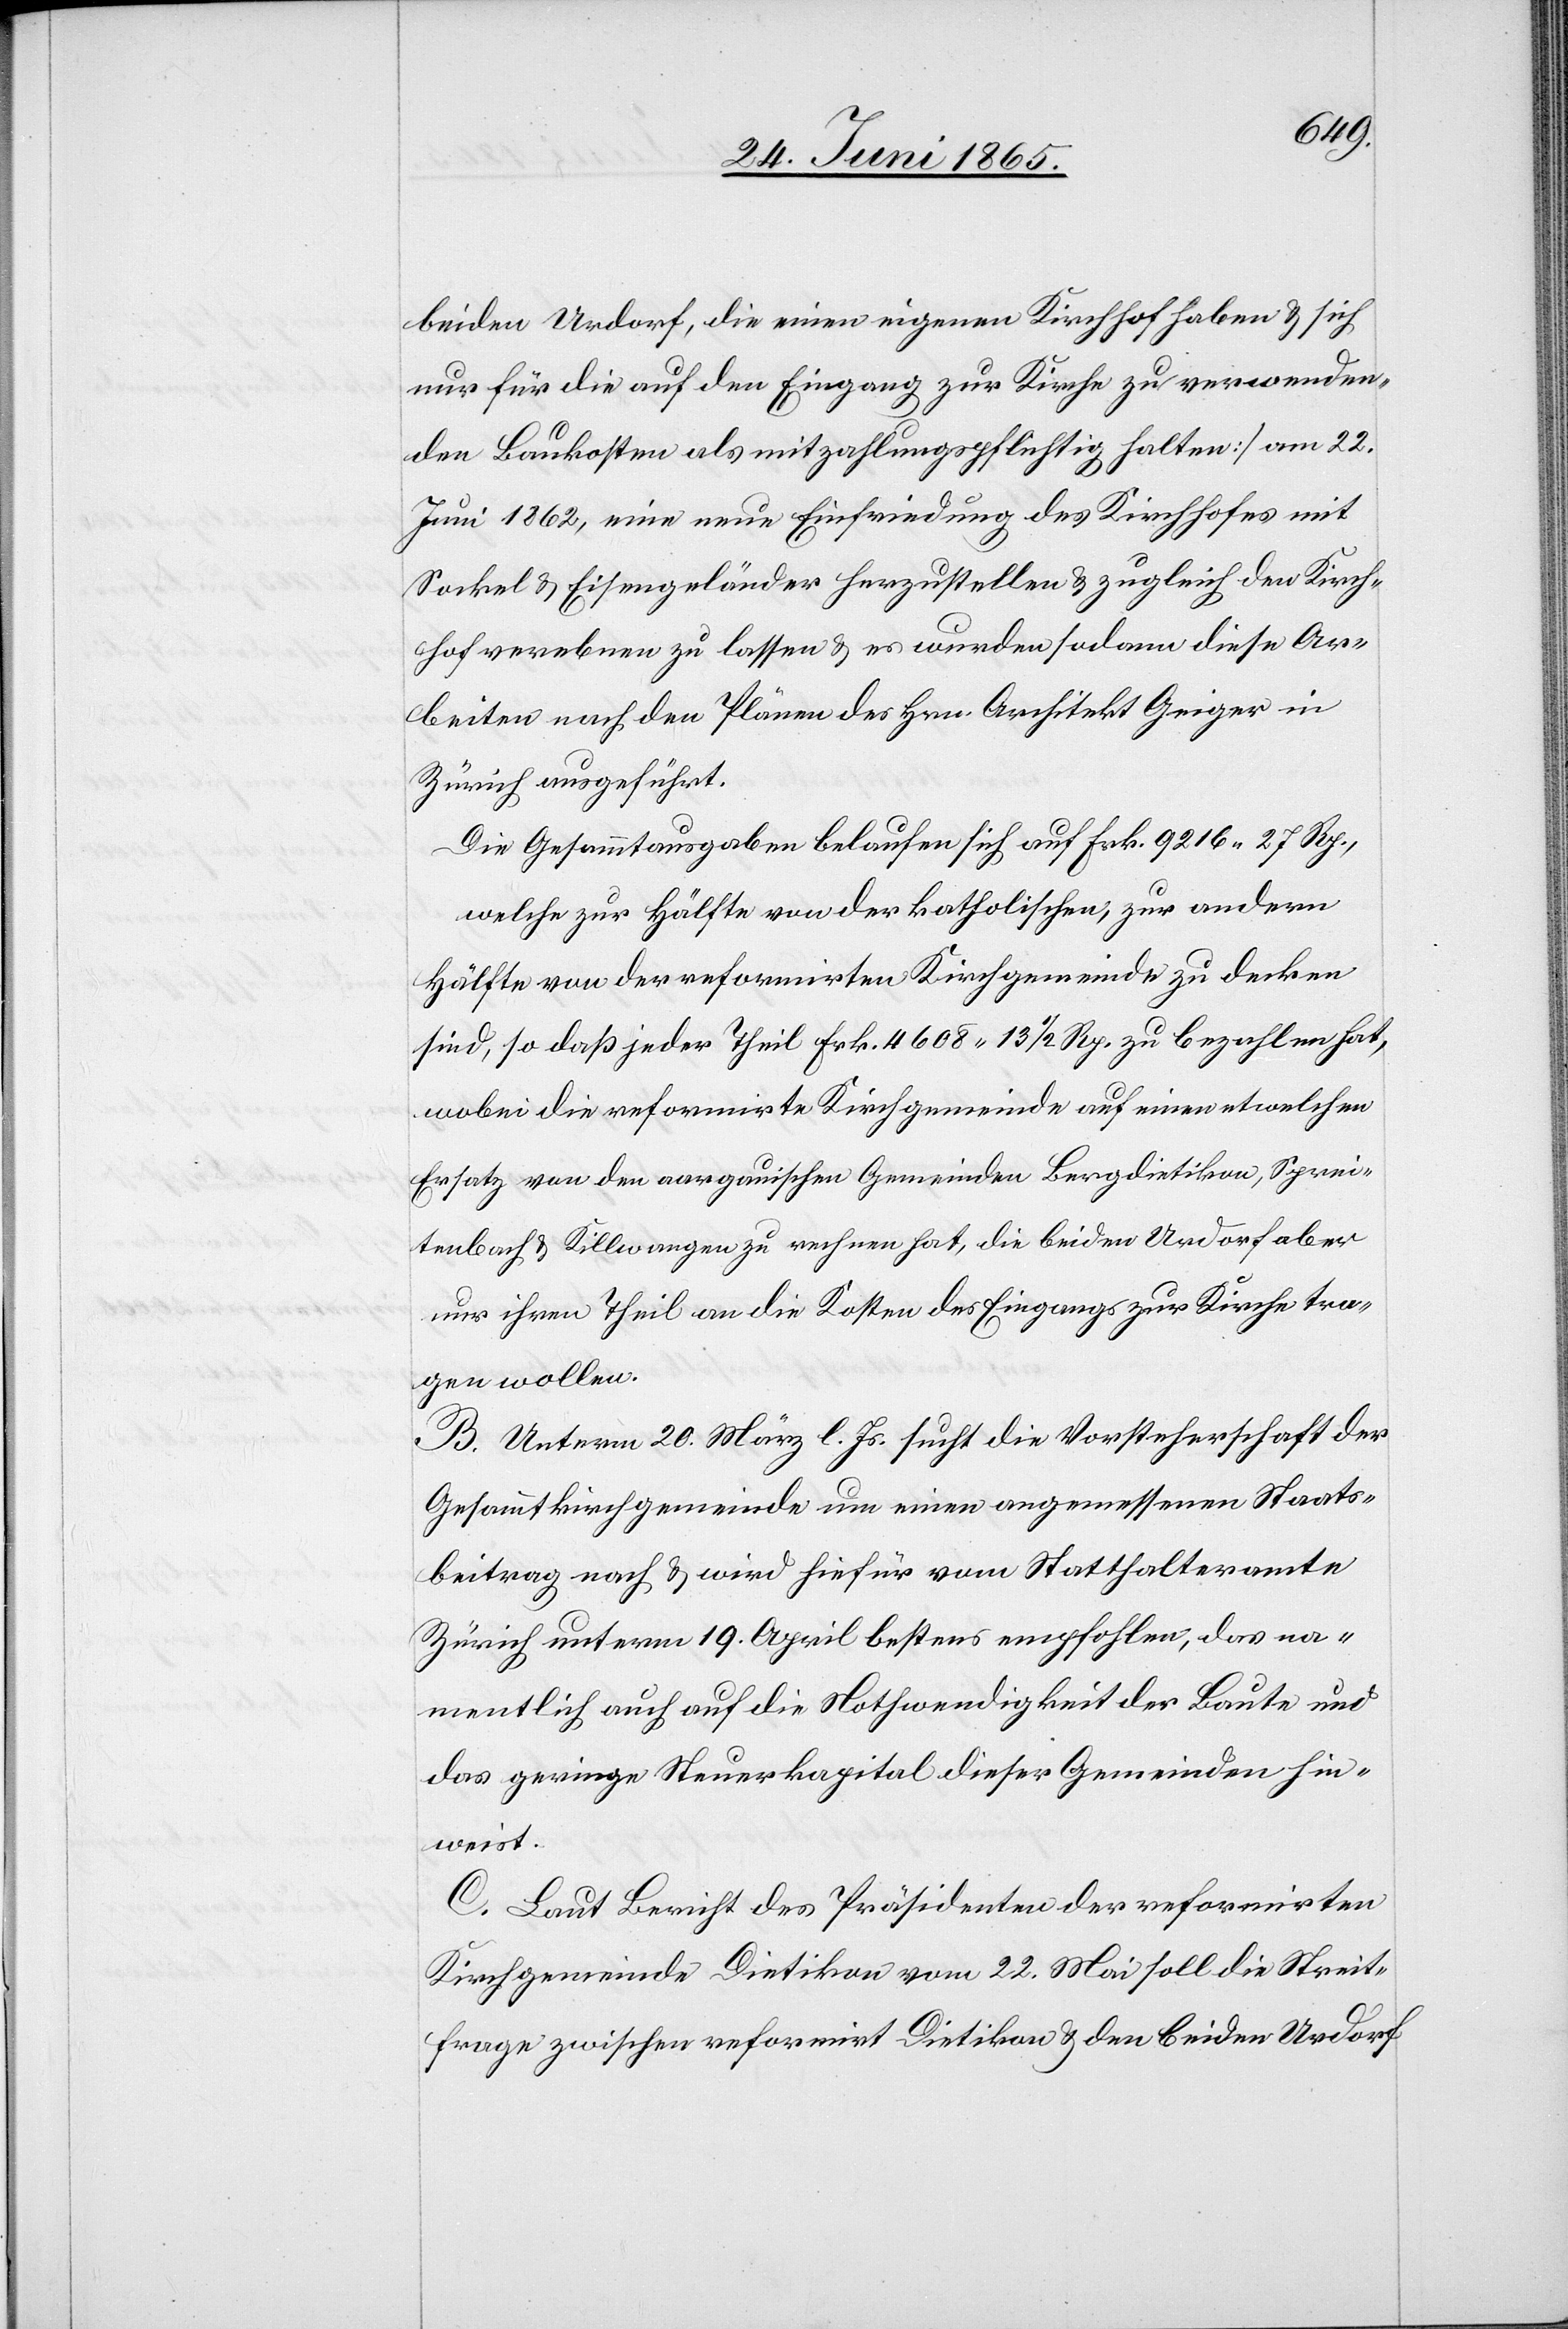
beiden Urdorf, die einen eigenen Kirchhof haben & sich
nur für die auf den Eingang zur Kirche zu verwenden¬
den Baukosten als mitzahlungspflichtig halten] am 22.
Juni 1962, eine neue Einfriedung des Kirchhofes mit
Sockel & Eisengeländer herzustellen & zugleich den Kirch¬
hof verebnen zu lassen & es wurden sodann diese Ar¬
beiten nach den Plänen des Hrn. Architekt Geiger in
Zürich ausgeführt.
Die Gesammtausgaben belaufen sich auf Frk. 9216 27 Rp.,
welche zur Hälfte von der katholischen, zur andern
Hälfte von der reformirten Kirchgemeinde zu decken
sind, so daß jeder Theil Frk. 4608 13 ½ Rp. zu bezahlen hat,
wobei die reformirte Kirchgemeinde auf einen etwelchen
Ersatz von den aargauischen Gemeinden Bergdietikon, Sprei¬
tenbach & Killwangen zu rechnen hat, die beiden Urdorf aber
nur ihren Theil an die Kosten des Eingangs zur Kirche tra¬
gen wollen.
B. Unterm 20. März l. Js. sucht die Vorsteherschaft der
Gesammtkirchgemeinde um einen angemessenen Staats¬
beitrag nach & wird hiefür vom Statthalteramte
Zürich unterm 19. April bestens empfohlen, das na¬
mentlich auch auf die Nothwendigkeit der Baute und
das geringe Steuerkapital dieser Gemeinde hin¬
weist.
C. Laut Bericht des Präsidenten der reformirten
Kirchgemeinde Dietikon vom 22. Mai soll die Streit¬
frage zwischen reformirt Dietikon & den beiden Urdorf